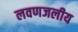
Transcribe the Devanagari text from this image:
लवणजलीय